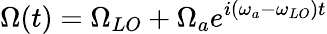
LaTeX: \Omega(t)=\Omega_{LO}+\Omega_{a}e^{i(\omega_{a}-\omega_{LO})t}